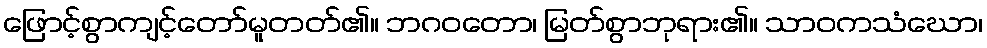
ဖြောင့်စွာကျင့်တော်မူတတ်၏။ ဘဂဝတော၊ မြတ်စွာဘုရား၏။ သာဝကသံဃော၊